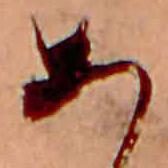
あ